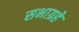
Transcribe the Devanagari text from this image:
सभाग्रहे